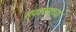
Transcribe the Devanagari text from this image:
संपवण्याच्या